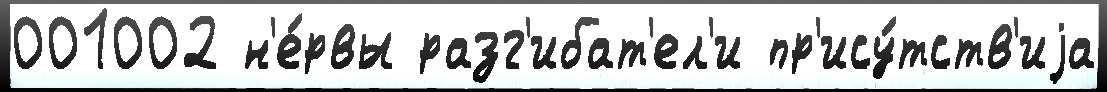
001002 н'е́рвы разг'ибат'ел'и пр'ису́тств'иjа